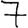
Digit: 7